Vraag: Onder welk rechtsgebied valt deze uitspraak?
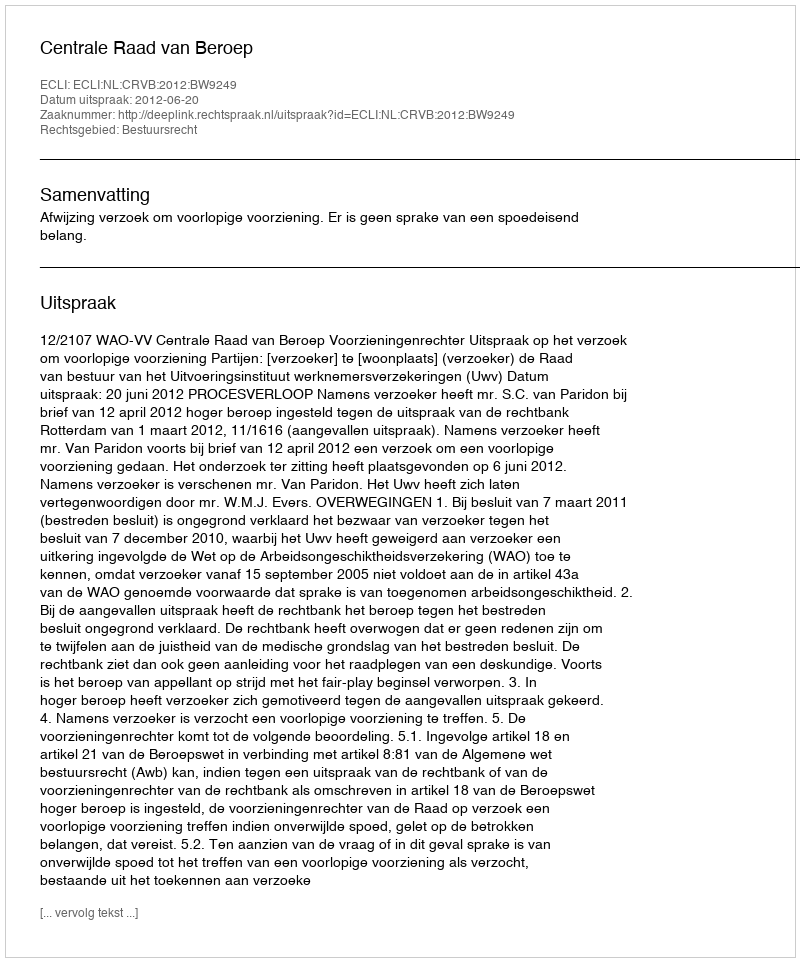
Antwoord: Bestuursrecht